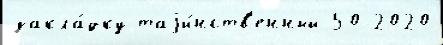
закла́дку таjи́нств'енный 50 2020